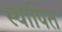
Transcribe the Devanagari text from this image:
स्थापित